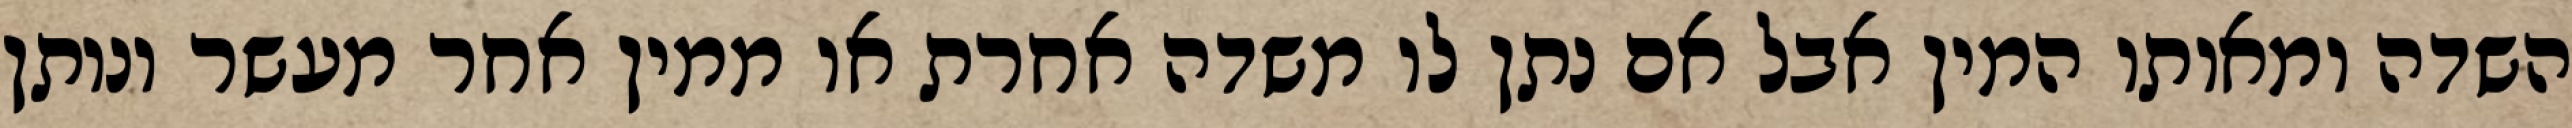
השדה ומאותו המין אבל אם נתן לו משדה אחרת או ממין אחר מעשר ונותן